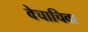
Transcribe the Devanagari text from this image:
वेचाचिवा